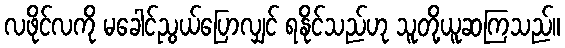
လဖိုင်လကို မခေါင်ညွယ်ပြောလျှင် ရနိုင်သည်ဟု သူတို့ယူဆကြသည်။